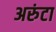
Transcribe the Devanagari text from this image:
अरुंटा